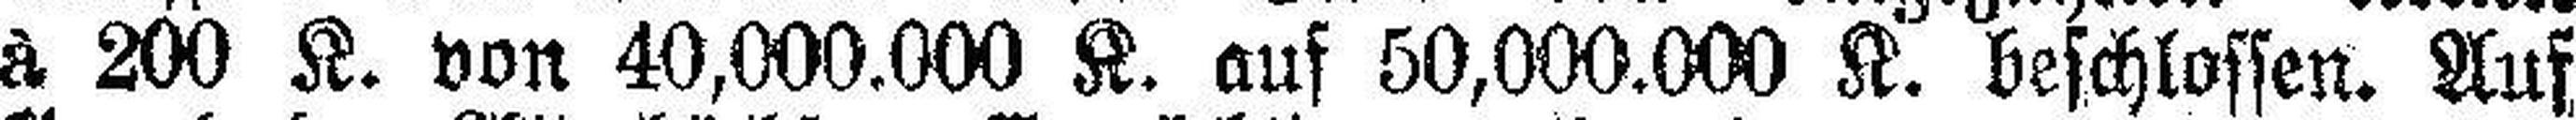
à 200 K. von 40,000.000 K. auf 50,000.000 K. beschlossen. Auf